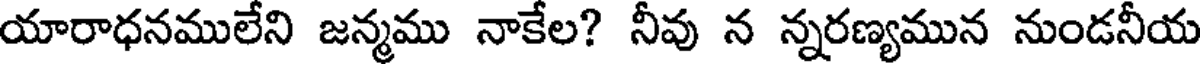
యారాధనములేని జన్మము నాకేల? నీవు న న్నరణ్యమున నుండనీయ